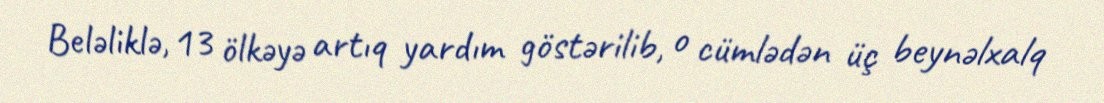
Beləliklə, 13 ölkəyə artıq yardım göstərilib, o cümlədən üç beynəlxalq